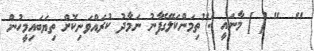
"  " [ ] މާނައީ :"ތިމަންކަލޭގެފާނު ނަމާދު ކުރައްވަނިކޮށް ތިޔަބައިމީހުން